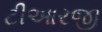
ટીઆરજી